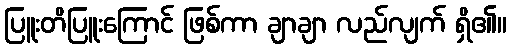
ပြူးတိပြူးကြောင် ဖြစ်ကာ ချာချာ လည်လျက် ရှိ၏။